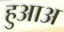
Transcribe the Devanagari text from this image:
हुआअ